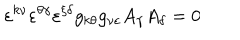
LaTeX: \varepsilon ^ { k \nu } \varepsilon ^ { \theta \gamma } \varepsilon ^ { \xi \delta } g _ { k \theta } g _ { \nu \varepsilon } A _ { \gamma } A _ { \delta } = 0